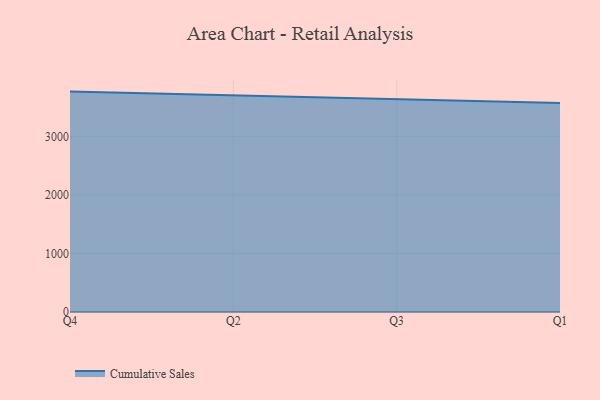
{"axis": {"x": "Quarter", "y": "Customer Acquisition Cost (USD)"}, "legend": ["Cumulative Sales"], "data": [{"x": "Q4", "y": 3764.7, "type": "Cumulative Sales"}, {"x": "Q2", "y": 3699.7, "type": "Cumulative Sales"}, {"x": "Q3", "y": 3636.3, "type": "Cumulative Sales"}, {"x": "Q1", "y": 3569.0, "type": "Cumulative Sales"}]}